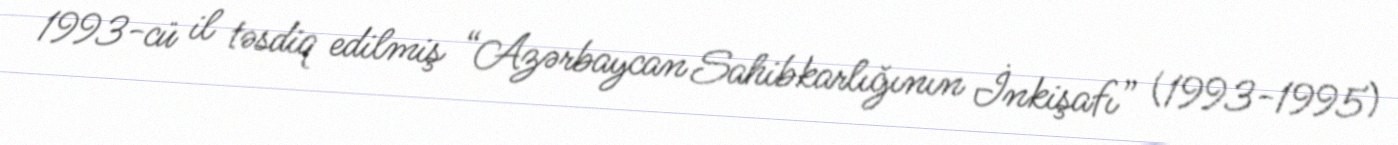
1993-cü il təsdiq edilmiş “Azərbaycan Sahibkarlığının İnkişafı” (1993-1995)